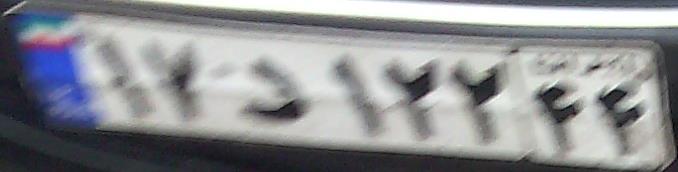
۱۷د۱۲۲۴۴